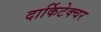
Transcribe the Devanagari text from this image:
दार्किटेक्चर